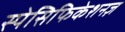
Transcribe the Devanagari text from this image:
स्पेसिफिकेशनज़